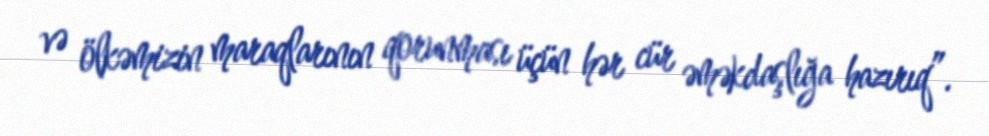
və ölkəmizin maraqlarının qorunması üçün hər cür əməkdaşlığa hazırıq”.